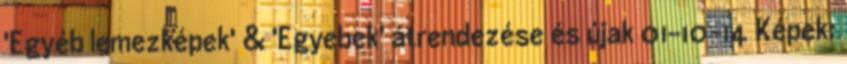
'Egyéb lemezképek' & 'Egyebek' átrendezése és újak 01-10-14 Képek: